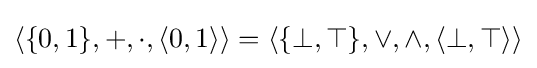
\langle \{0,1\},+,\cdot ,\langle 0,1\rangle \rangle =\langle \{\bot ,\top \},\lor ,\land ,\langle \bot ,\top \rangle \rangle